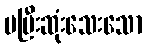
မပြီးဆုံးသေးသော